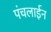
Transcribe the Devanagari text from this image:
पंचलाईन